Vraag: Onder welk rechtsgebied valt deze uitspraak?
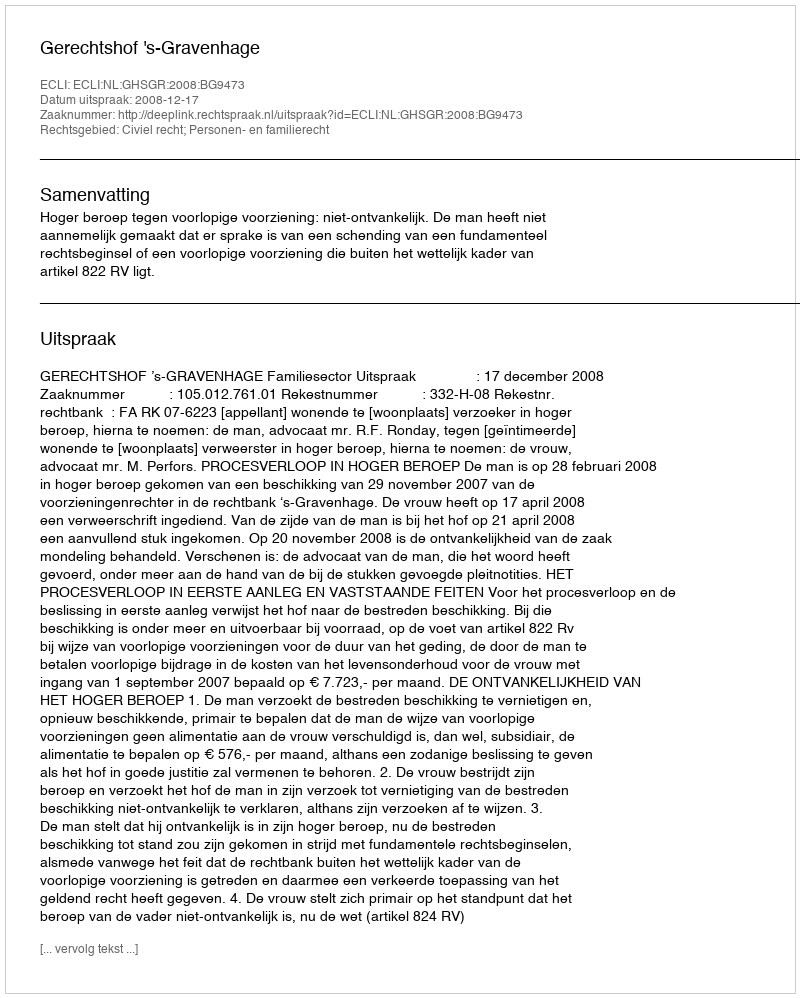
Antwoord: Civiel recht; Personen- en familierecht